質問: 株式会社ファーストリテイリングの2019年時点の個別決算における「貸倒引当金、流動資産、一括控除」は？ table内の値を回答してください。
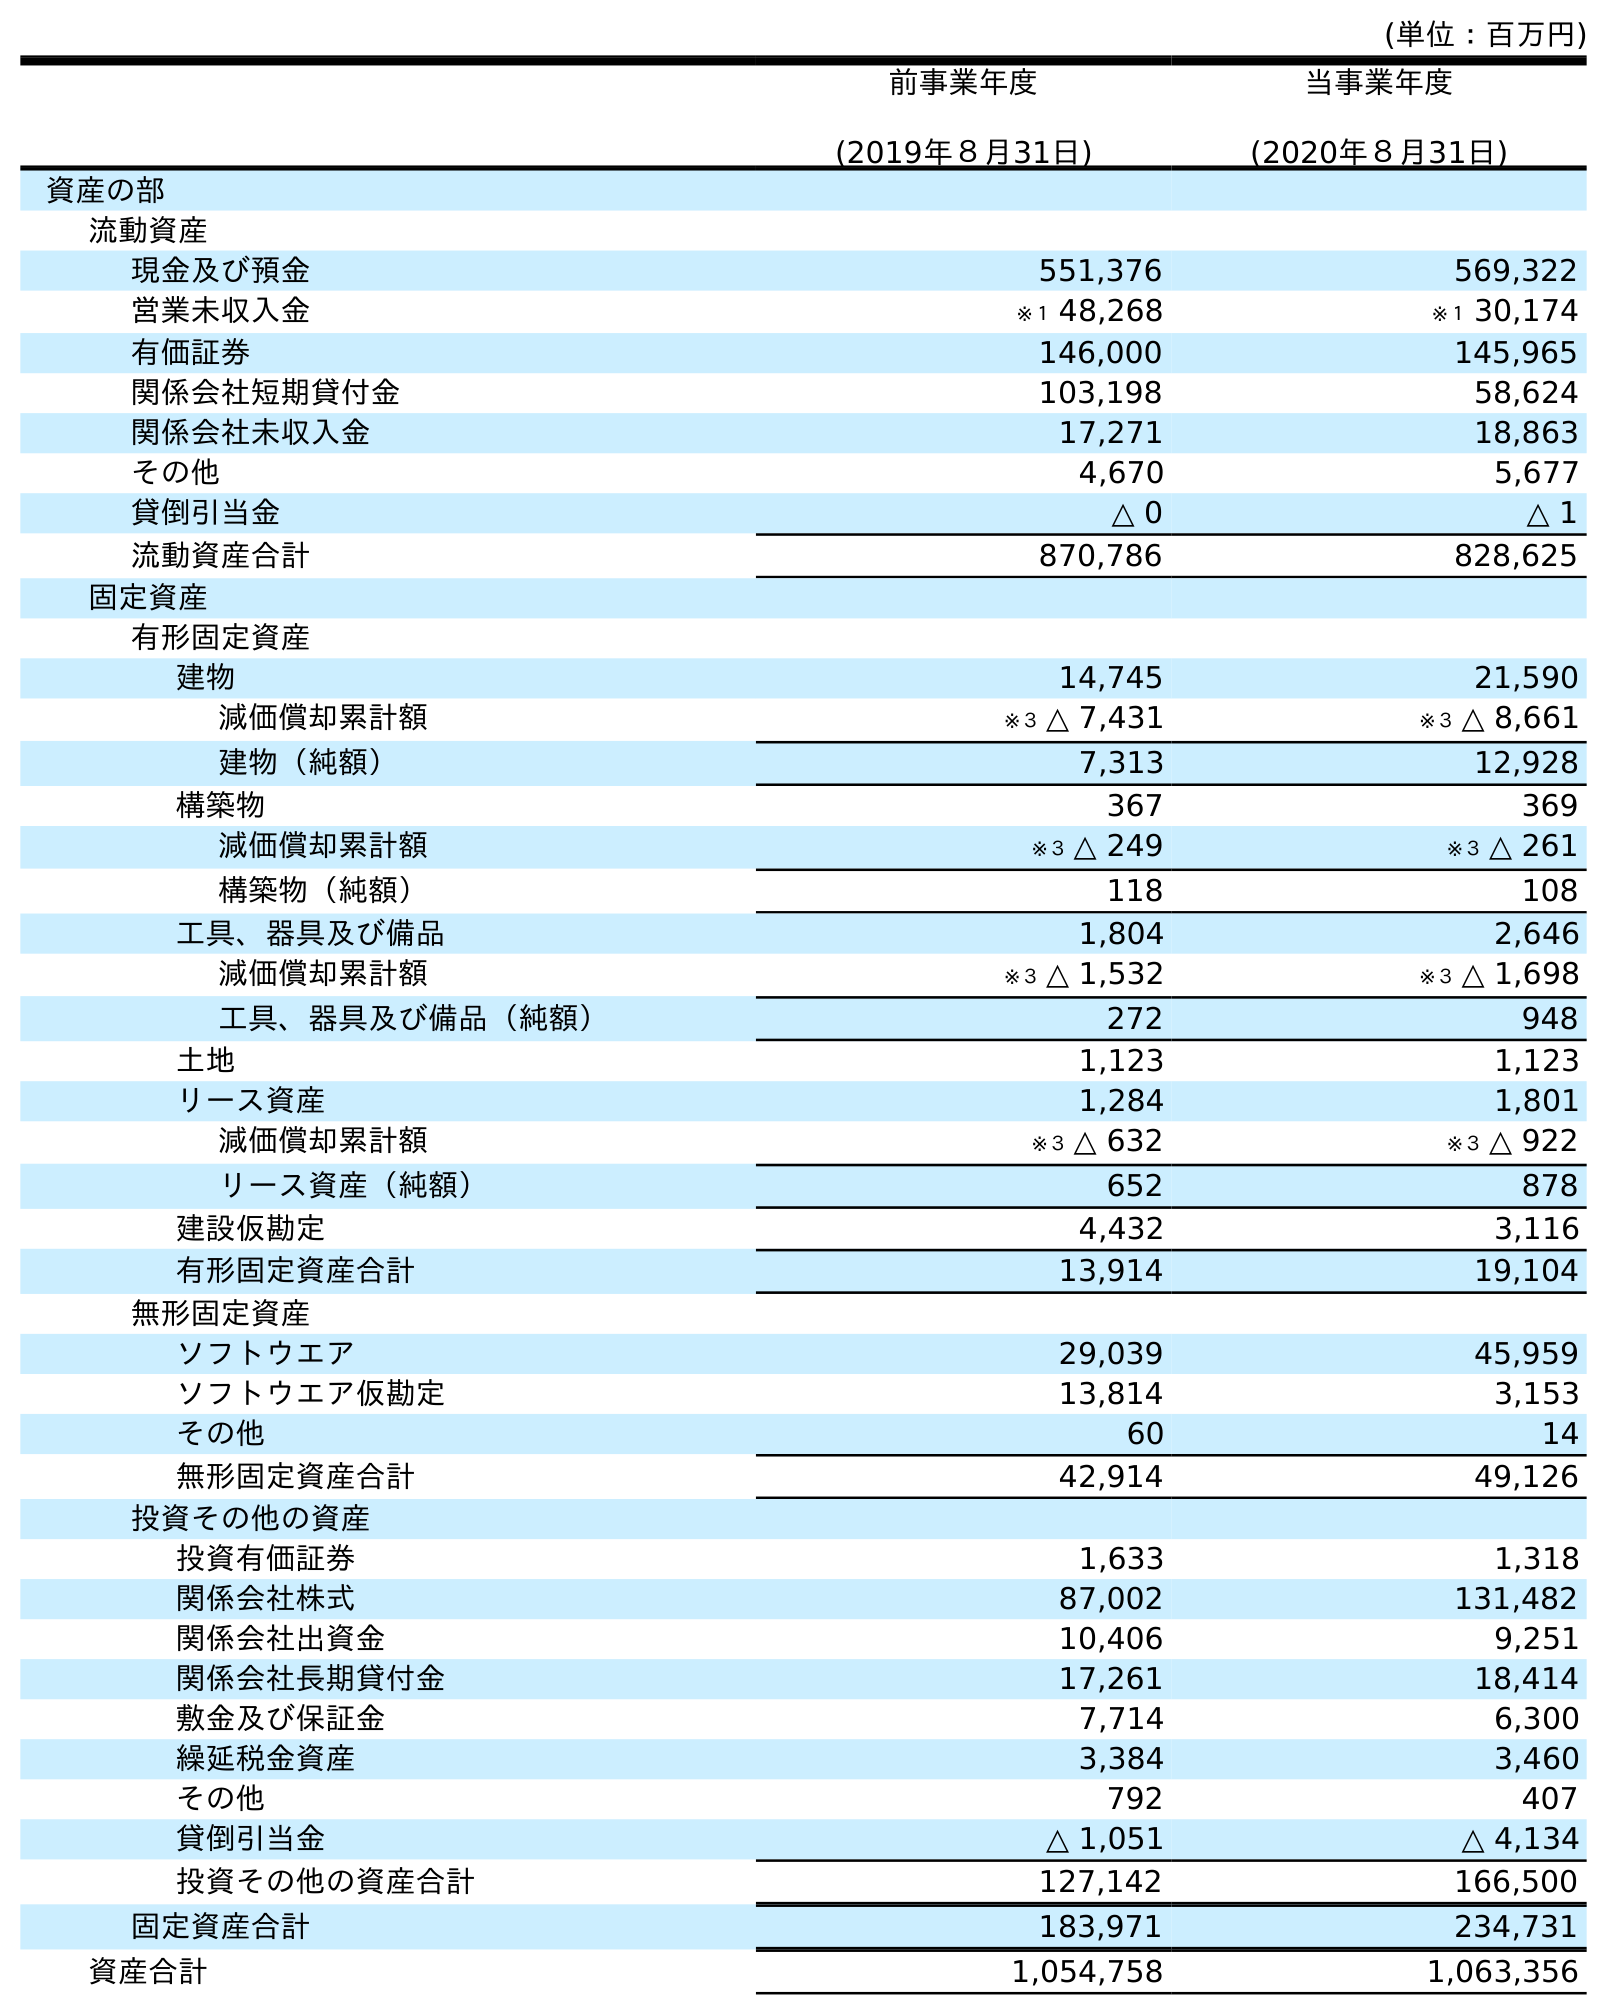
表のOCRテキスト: (単位：百万円) 前事業年度 (2019年８月31日) 当事業年度 (2020年８月31日) 資産の部 流動資産 現金及び預金 551,376 569,322 営業未収入金 ※１ 48,268 ※１ 30,174 有価証券 146,000 145,965 関係会社短期貸付金 103,198 58,624 関係会社未収入金 17,271 18,863 その他 4,670 5,677 貸倒引当金 △ 0 △ 1 流動資産合計 870,786 828,625 固定資産 有形固定資産 建物 14,745 21,590 減価償却累計額 ※３ △ 7,431 ※３ △ 8,661 建物（純額） 7,313 12,928 構築物 367 369 減価償却累計額 ※３ △ 249 ※３ △ 261 構築物（純額） 118 108 工具、器具及び備品 1,804 2,646 減価償却累計額 ※３ △ 1,532 ※３ △ 1,698 工具、器具及び備品（純額） 272 948 土地 1,123 1,123 リース資産 1,284 1,801 減価償却累計額 ※３ △ 632 ※３ △ 922 リース資産（純額） 652 878 建設仮勘定 4,432 3,116 有形固定資産合計 13,914 19,104 無形固定資産 ソフトウエア 29,039 45,959 ソフトウエア仮勘定 13,814 3,153 その他 60 14 無形固定資産合計 42,914 49,126 投資その他の資産 投資有価証券 1,633 1,318 関係会社株式 87,002 131,482 関係会社出資金 10,406 9,251 関係会社長期貸付金 17,261 18,414 敷金及び保証金 7,714 6,300 繰延税金資産 3,384 3,460 その他 792 407 貸倒引当金 △ 1,051 △ 4,134 投資その他の資産合計 127,142 166,500 固定資産合計 183,971 234,731 資産合計 1,054,758 1,063,356
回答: △0